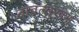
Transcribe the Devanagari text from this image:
तावत्सुखम्